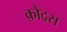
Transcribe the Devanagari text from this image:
क़ौद्रस